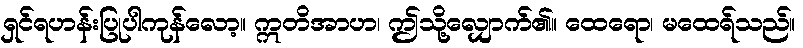
ရှင်ရဟန်းပြုပါကုန်လော့။ ဣတိအာဟ၊ ဤသို့လျှောက်၏။ ထေရော၊ မထေရ်သည်။